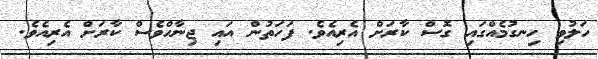
ހަލުވި ހިނގުމެއްގައި ގޮސް ކާރަށް އެރިއެވެ. ފަހަތުން އައި ޖިނާހްވެސް ކާރަށް އެރިއެވެ.